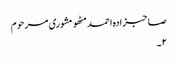
صاحبزادہ احمد مٹھو مشوری مرحوم
۲۔